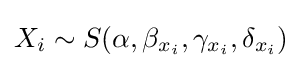
X_{i}\sim S(\alpha ,\beta _{x_{i}},\gamma _{x_{i}},\delta _{x_{i}})